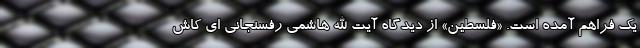
یک فراهم آمده است. «فلسطین» از دیدگاه آیت الله هاشمی رفسنجانی ای کاش